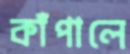
কাঁপালে